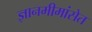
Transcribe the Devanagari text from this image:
ज्ञानमीमांसेत